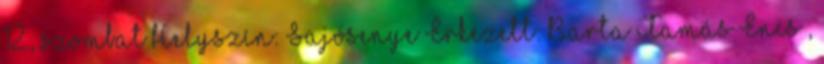
12., szombat Helyszín: Sajósenye Érkezett: Barta Tamás Encs ,